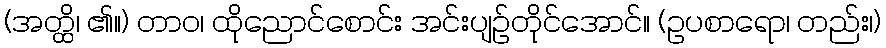
(အတ္ထိ၊ ၏။) တာဝ၊ ထိုညောင်စောင်း အင်းပျဉ်တိုင်အောင်။ (ဥပစာရော၊ တည်း၊)